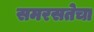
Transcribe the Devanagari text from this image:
समरसतेचा